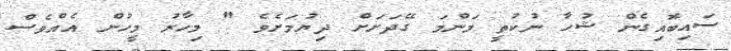
ސައިބޮއިގެން ޝުހާ ނުކުތީ މަންމަ ގޭދަށަށް ދިޔުމަށެވެ " މިހާރު މީހުން އެއްވެސް